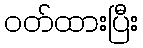
ဝတ်ထားပြီး